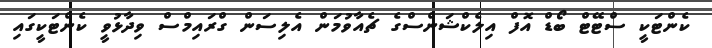
ކެންޓަކީ ސްޓޭޓް ބޯޑް އޮފް އިލެކްޝަންސްގެ ޗެއާވުމަން އެލިސަން ގްރައިމްސް ވިދާޅުވީ ކެންޓަކީގައި